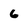
Character: 6